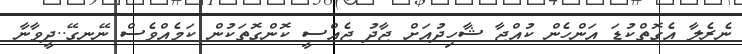
ނެރެލާ އެގޮތްކުޑަ އަންހެން ކުއްޖާ ޝާހިދުއަށް ޖާދު ޖެއްސީ ކޮންގޮތަކުން ކަމެއްވެސް ނޭނގޭ..ދީވާނާ